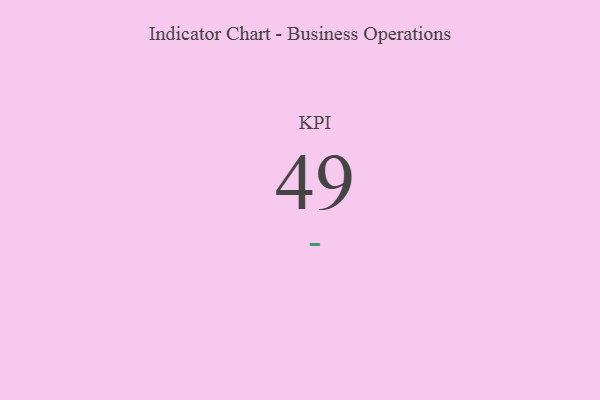
{"axis": {"x": "KPI", "y": "Value"}, "legend": [""], "data": [{"x": "KPI", "y": 49, "type": ""}]}